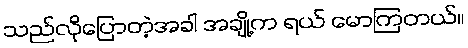
သည်လိုပြောတဲ့အခါ အချို့က ရယ် မောကြတယ်။